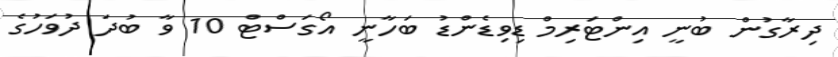
ދިރާގުން ބުނީ އިންޓަރިމް ޑިވިޑެންޑު ބަހާނީ އޯގަސްޓް 10 ވާ ބުދަ ދުވަހުގެ